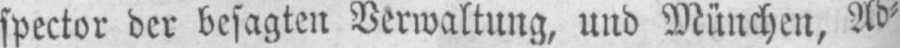
spector der besagten Verwaltung, und München, Ad⸗